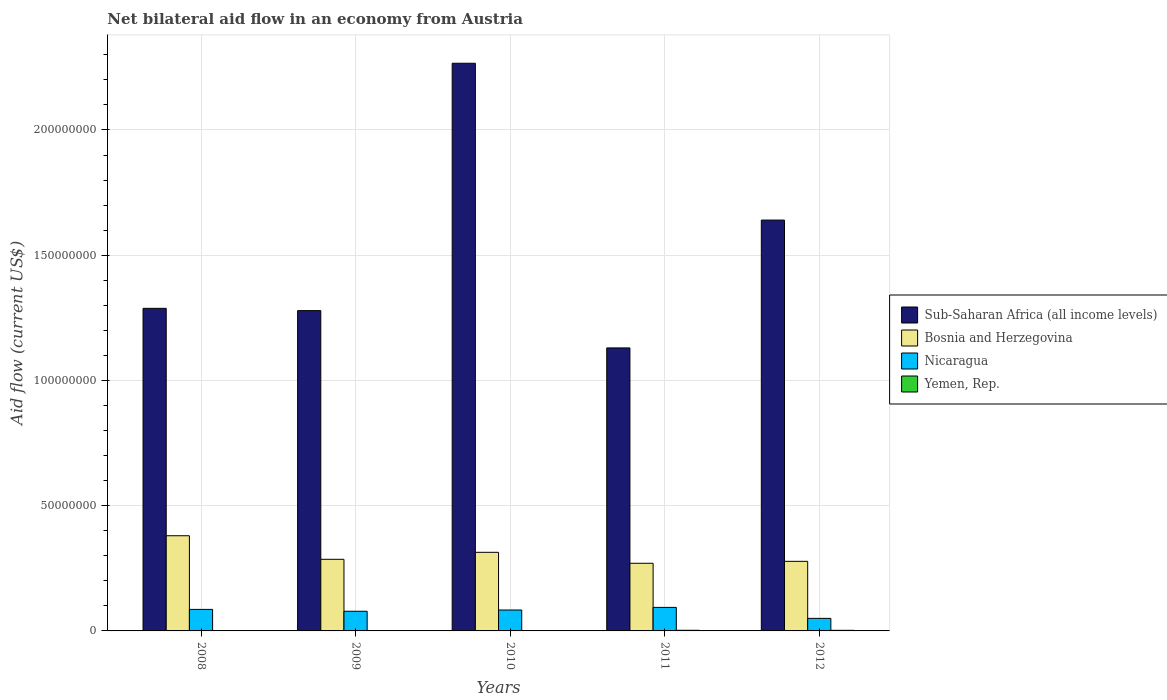
| Years | Sub-Saharan Africa (all income levels) | Bosnia and Herzegovina | Nicaragua | Yemen, Rep. |
 | --- | --- | --- | --- | --- |
 | 2008 | 1.29e+08 | 3.8e+07 | 8.59e+06 | 5e+04 |
 | 2009 | 1.28e+08 | 2.86e+07 | 7.85e+06 | 3e+04 |
 | 2010 | 2.27e+08 | 3.14e+07 | 8.35e+06 | 2e+04 |
 | 2011 | 1.13e+08 | 2.7e+07 | 9.39e+06 | 2.5e+05 |
 | 2012 | 1.64e+08 | 2.78e+07 | 5.01e+06 | 2.4e+05 |